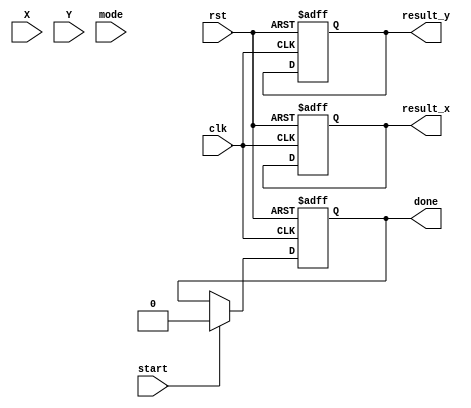
module CORDIC_FloatingPoint (
    input wire clk,
    input wire rst,
    input wire [31:0] X, // IEEE 754 floating-point input
    input wire [31:0] Y, // IEEE 754 floating-point input
    input wire [1:0] mode, // 00: Rotation, 01: Vectoring
    input wire start,
    output reg [31:0] result_x, // Resulting X output
    output reg [31:0] result_y, // Resulting Y output
    output reg done
);

    // CORDIC parameters
    parameter NUM_ITERATIONS = 16; // Number of iterations
    reg signed [31:0] x [0:NUM_ITERATIONS-1];
    reg signed [31:0] y [0:NUM_ITERATIONS-1];
    reg [31:0] angle [0:NUM_ITERATIONS-1];
    reg [31:0] z; // Angle accumulator
    reg [3:0] iteration;

    // CORDIC angle lookup table for arctan
    initial begin
        angle[0] = 32'h3F19999A; // atan(1)
        angle[1] = 32'h3E4CCCCD; // atan(0.5)
        angle[2] = 32'h3D8D9B74; // atan(0.25)
        angle[3] = 32'h3CE3D70A; // atan(0.125)
        // Continue filling in the LUT...
    end

    // Normalization and initialization
    always @(posedge clk or posedge rst) begin
        if (rst) begin
            done <= 0;
            iteration <= 0;
            result_x <= 0;
            result_y <= 0;
            x[0] <= 0;
            y[0] <= 0;
            z <= 0;
        end else if (start) begin
            // Initialize inputs
            x[0] <= X; // Load the X input
            y[0] <= Y; // Load the Y input
            z <= 0; // Reset angle accumulator
            iteration <= 0;
            done <= 0;
        end else if (iteration < NUM_ITERATIONS) begin
            // CORDIC rotation/vectoring iteration
            if (mode == 2'b00) begin // Rotation mode
                if (y[iteration] < 0) begin
                    x[iteration + 1] <= x[iteration] + (y[iteration] >>> iteration);
                    y[iteration + 1] <= y[iteration] + (x[iteration] >>> iteration);
                    z <= z - angle[iteration];
                end else begin
                    x[iteration + 1] <= x[iteration] - (y[iteration] >>> iteration);
                    y[iteration + 1] <= y[iteration] + (x[iteration] >>> iteration);
                    z <= z + angle[iteration];
                end
            end else if (mode == 2'b01) begin // Vectoring mode
                if (y[iteration] < 0) begin
                    x[iteration + 1] <= x[iteration] + (y[iteration] >>> iteration);
                    y[iteration + 1] <= y[iteration] - (x[iteration] >>> iteration);
                    z <= z - angle[iteration];
                end else begin
                    x[iteration + 1] <= x[iteration] - (y[iteration] >>> iteration);
                    y[iteration + 1] <= y[iteration] + (x[iteration] >>> iteration);
                    z <= z + angle[iteration];
                end
            end
            iteration <= iteration + 1;
        end else if (iteration == NUM_ITERATIONS) begin
            // Final output assignment
            result_x <= x[NUM_ITERATIONS];
            result_y <= y[NUM_ITERATIONS];
            done <= 1;
        end
    end

endmodule